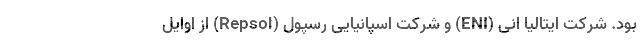
بود. شرکت‌ ایتالیا اِنی (ENI) و شرکت اسپانیایی رسپول (Repsol) از اوایل